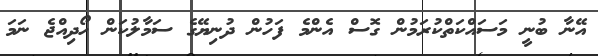
އޭނާ ބުނީ މަސައްކަތްކުރަމުން ގޮސް އެންމެ ފަހުން ދުނިޔޭގެ ސަމާލުކަން ހޯދިއްޖެ ނަމަ